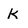
Character: k